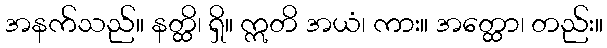
အနက်သည်။ နတ္ထိ၊ ရှိ။ ဣတိ အယံ၊ ကား။ အတ္ထော၊ တည်း။